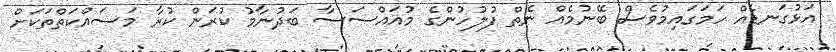
އަޅުގަނޑެއް ހަމަގައިމުވެސް ބޭނުމެއް ނެތް ފުލުހުންގެ މުއައްސަސާ ބަދުނާމު ކުރަން ކުރާ މަސައްކަތްތަކަށް